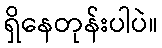
ရှိနေတုန်းပါပဲ။